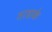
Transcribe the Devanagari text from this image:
तरहाके